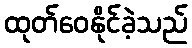
ထုတ်ဝေနိုင်ခဲ့သည်